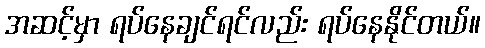
အဆင့်မှာ ရပ်နေချင်ရင်လည်း ရပ်နေနိုင်တယ်။